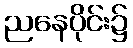
ညနေပိုင်း၌